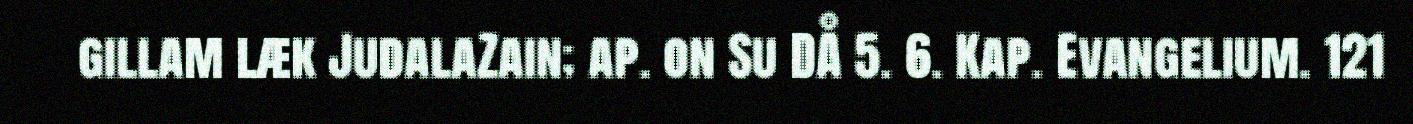
gillam læk JudalaZain; ap. on Su DÅ 5. 6. Kap. Evangelium. 121